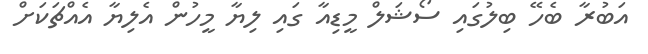
އަބުރާ ބެހޭ ބިލުގައި ސޯޝަލް މީޑިއާ ގައި ލިޔާ މީހުން އެލިޔާ އެއްޗަކަށް